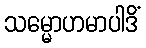
သမ္မောဟမာပါဒိံ